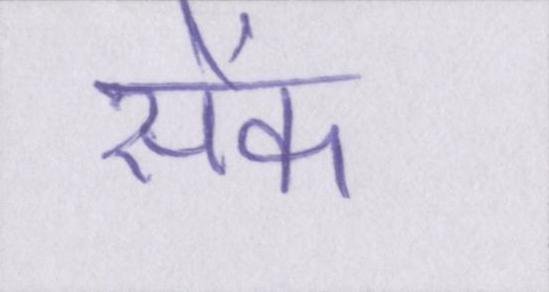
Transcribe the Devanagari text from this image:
सेंक